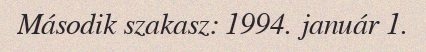
Második szakasz: 1994. január 1.